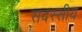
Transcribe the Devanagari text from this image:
सदस्सीय